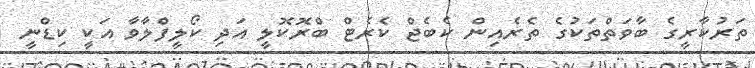
ތަރުކާރީގެ ބާވަތްތަކުގެ ތެރެއިން ކެބެޖް ކެރެޓް ބްރޮކޮލީ އަދި ކޯލީފްލާވާ އަކީ ކިޑްނީ